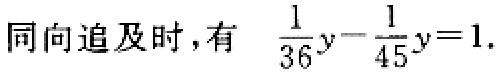
同向追及时，有 $\frac{1}{36}y - \frac{1}{45}y = 1$.